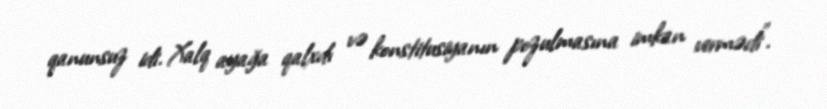
qanunsuz idi. Xalq ayağa qalxdı və konstitusiyanın pozulmasına imkan vermədi”.